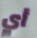
أي